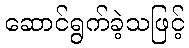
ဆောင်ရွက်ခဲ့သဖြင့်